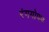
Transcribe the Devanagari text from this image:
रंगगोपन